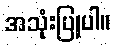
အသုံးပြုပါ။